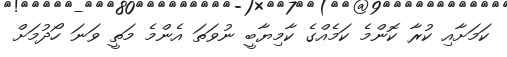
ކަމަށާއި ކުރާ ކޮންމެ ކަމެއްގެ ކާމިޔާބީ ނުވަތަ އެންމެ މަތީ ވަނަ ހޯދުމަށް